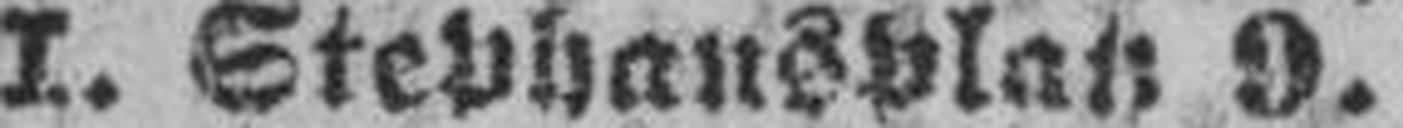
I. Stephansplatz 9.